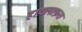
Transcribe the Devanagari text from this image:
हायलाफ़स